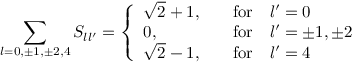
\sum _ { l = 0 , \pm 1 , \pm 2 , 4 } S _ { l l ^ { \prime } } = \left\{ \begin{array} { l l } { { \sqrt { 2 } + 1 , } } & { { \quad \mathrm { f o r } \quad l ^ { \prime } = 0 } } \\ { { 0 , } } & { { \quad \mathrm { f o r } \quad l ^ { \prime } = \pm 1 , \pm 2 } } \\ { { \sqrt { 2 } - 1 , } } & { { \quad \mathrm { f o r } \quad l ^ { \prime } = 4 } } \end{array} \right.